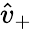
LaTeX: \hat{v}_{+}